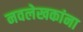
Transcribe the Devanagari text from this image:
नवलेखकांना